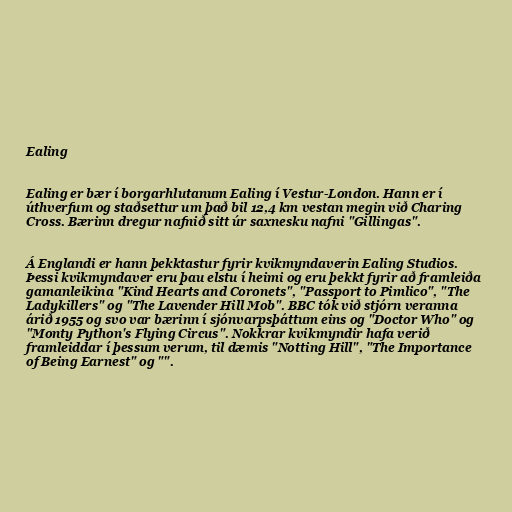
Ealing

Ealing er bær í borgarhlutanum Ealing í Vestur-London. Hann er í
úthverfum og staðsettur um það bil 12,4 km vestan megin við Charing
Cross. Bærinn dregur nafnið sitt úr saxnesku nafni "Gillingas".

Á Englandi er hann þekktastur fyrir kvikmyndaverin Ealing Studios.
Þessi kvikmyndaver eru þau elstu í heimi og eru þekkt fyrir að framleiða
gamanleikina "Kind Hearts and Coronets", "Passport to Pimlico", "The
Ladykillers" og "The Lavender Hill Mob". BBC tók við stjórn veranna
árið 1955 og svo var bærinn í sjónvarpsþáttum eins og "Doctor Who" og
"Monty Python's Flying Circus". Nokkrar kvikmyndir hafa verið
framleiddar í þessum verum, til dæmis "Notting Hill", "The Importance
of Being Earnest" og "".